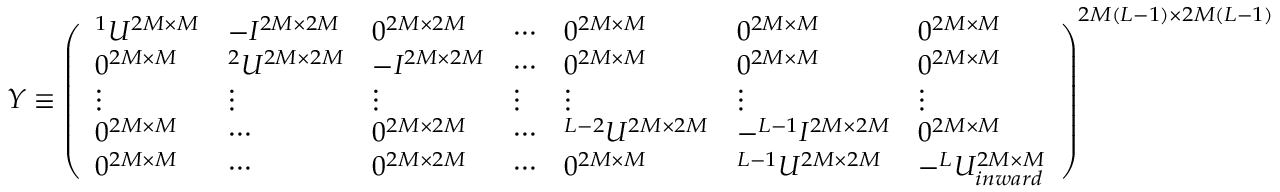
\begin{array} { r } { { \cal Y } \equiv \left( \begin{array} { l l l l l l l } { ^ 1 { \cal U } ^ { 2 M \times M } } & { - { \cal I } ^ { 2 M \times 2 M } } & { 0 ^ { 2 M \times 2 M } } & { \cdots } & { 0 ^ { 2 M \times M } } & { 0 ^ { 2 M \times M } } & { 0 ^ { 2 M \times M } } \\ { 0 ^ { 2 M \times M } } & { ^ 2 { \cal U } ^ { 2 M \times 2 M } } & { - { \cal I } ^ { 2 M \times 2 M } } & { \cdots } & { 0 ^ { 2 M \times M } } & { 0 ^ { 2 M \times M } } & { 0 ^ { 2 M \times M } } \\ { \vdots } & { \vdots } & { \vdots } & { \vdots } & { \vdots } & { \vdots } & { \vdots } \\ { 0 ^ { 2 M \times M } } & { \cdots } & { 0 ^ { 2 M \times 2 M } } & { \cdots } & { ^ { L - 2 } { \cal U } ^ { 2 M \times 2 M } } & { - ^ { L - 1 } { \cal I } ^ { 2 M \times 2 M } } & { 0 ^ { 2 M \times M } } \\ { 0 ^ { 2 M \times M } } & { \cdots } & { 0 ^ { 2 M \times 2 M } } & { \cdots } & { 0 ^ { 2 M \times M } } & { ^ { L - 1 } { \cal U } ^ { 2 M \times 2 M } } & { - ^ { L } { \cal U } _ { i n w a r d } ^ { 2 M \times M } } \end{array} \right) ^ { 2 M ( L - 1 ) \times 2 M ( L - 1 ) } } \end{array}